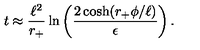
t \approx { \frac { \ell ^ { 2 } } { r _ { + } } } \ln \left( { \frac { 2 \cosh ( r _ { + } \phi / \ell ) } { \epsilon } } \right) .